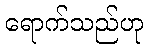
ရောက်သည်ဟု